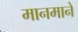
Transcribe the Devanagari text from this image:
मानमाने